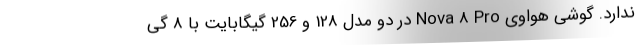
ندارد. گوشی هواوی Nova 8 Pro در دو مدل 128 و 256 گیگابایت با 8 گی